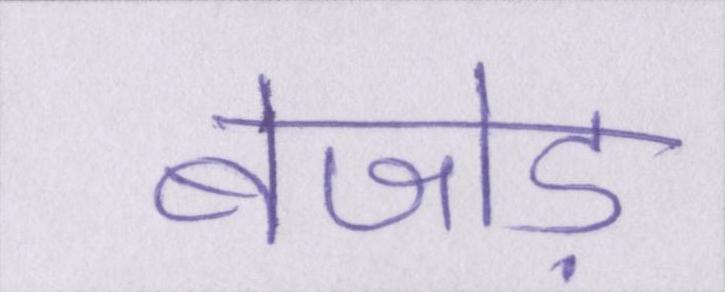
बेजोड़